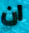
ان